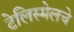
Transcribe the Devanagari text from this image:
टेलिस्मेलचे